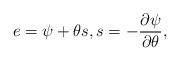
LaTeX: \begin{align*}e=\psi+\theta s, s=-\frac{\partial\psi}{\partial\theta},\end{align*}